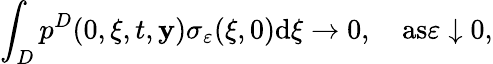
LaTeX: \int_{D}p^{D}(0,\xi,t,\mathbf{y})\sigma_{\varepsilon}(\xi,0)\textrm{{d}}\xi\to0,\quad\textrm{{as}}\varepsilon\downarrow0,